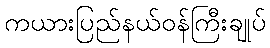
ကယားပြည်နယ်ဝန်ကြီးချုပ်